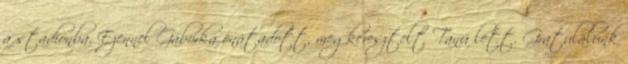
a stadionba. Ezennel Gáborka önátadott, megkeresztelt Tanú lett. Gratulálunk